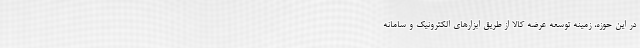
در این حوزه، زمینه توسعه عرضه کالا از طریق ابزارهای الکترونیک و سامانه